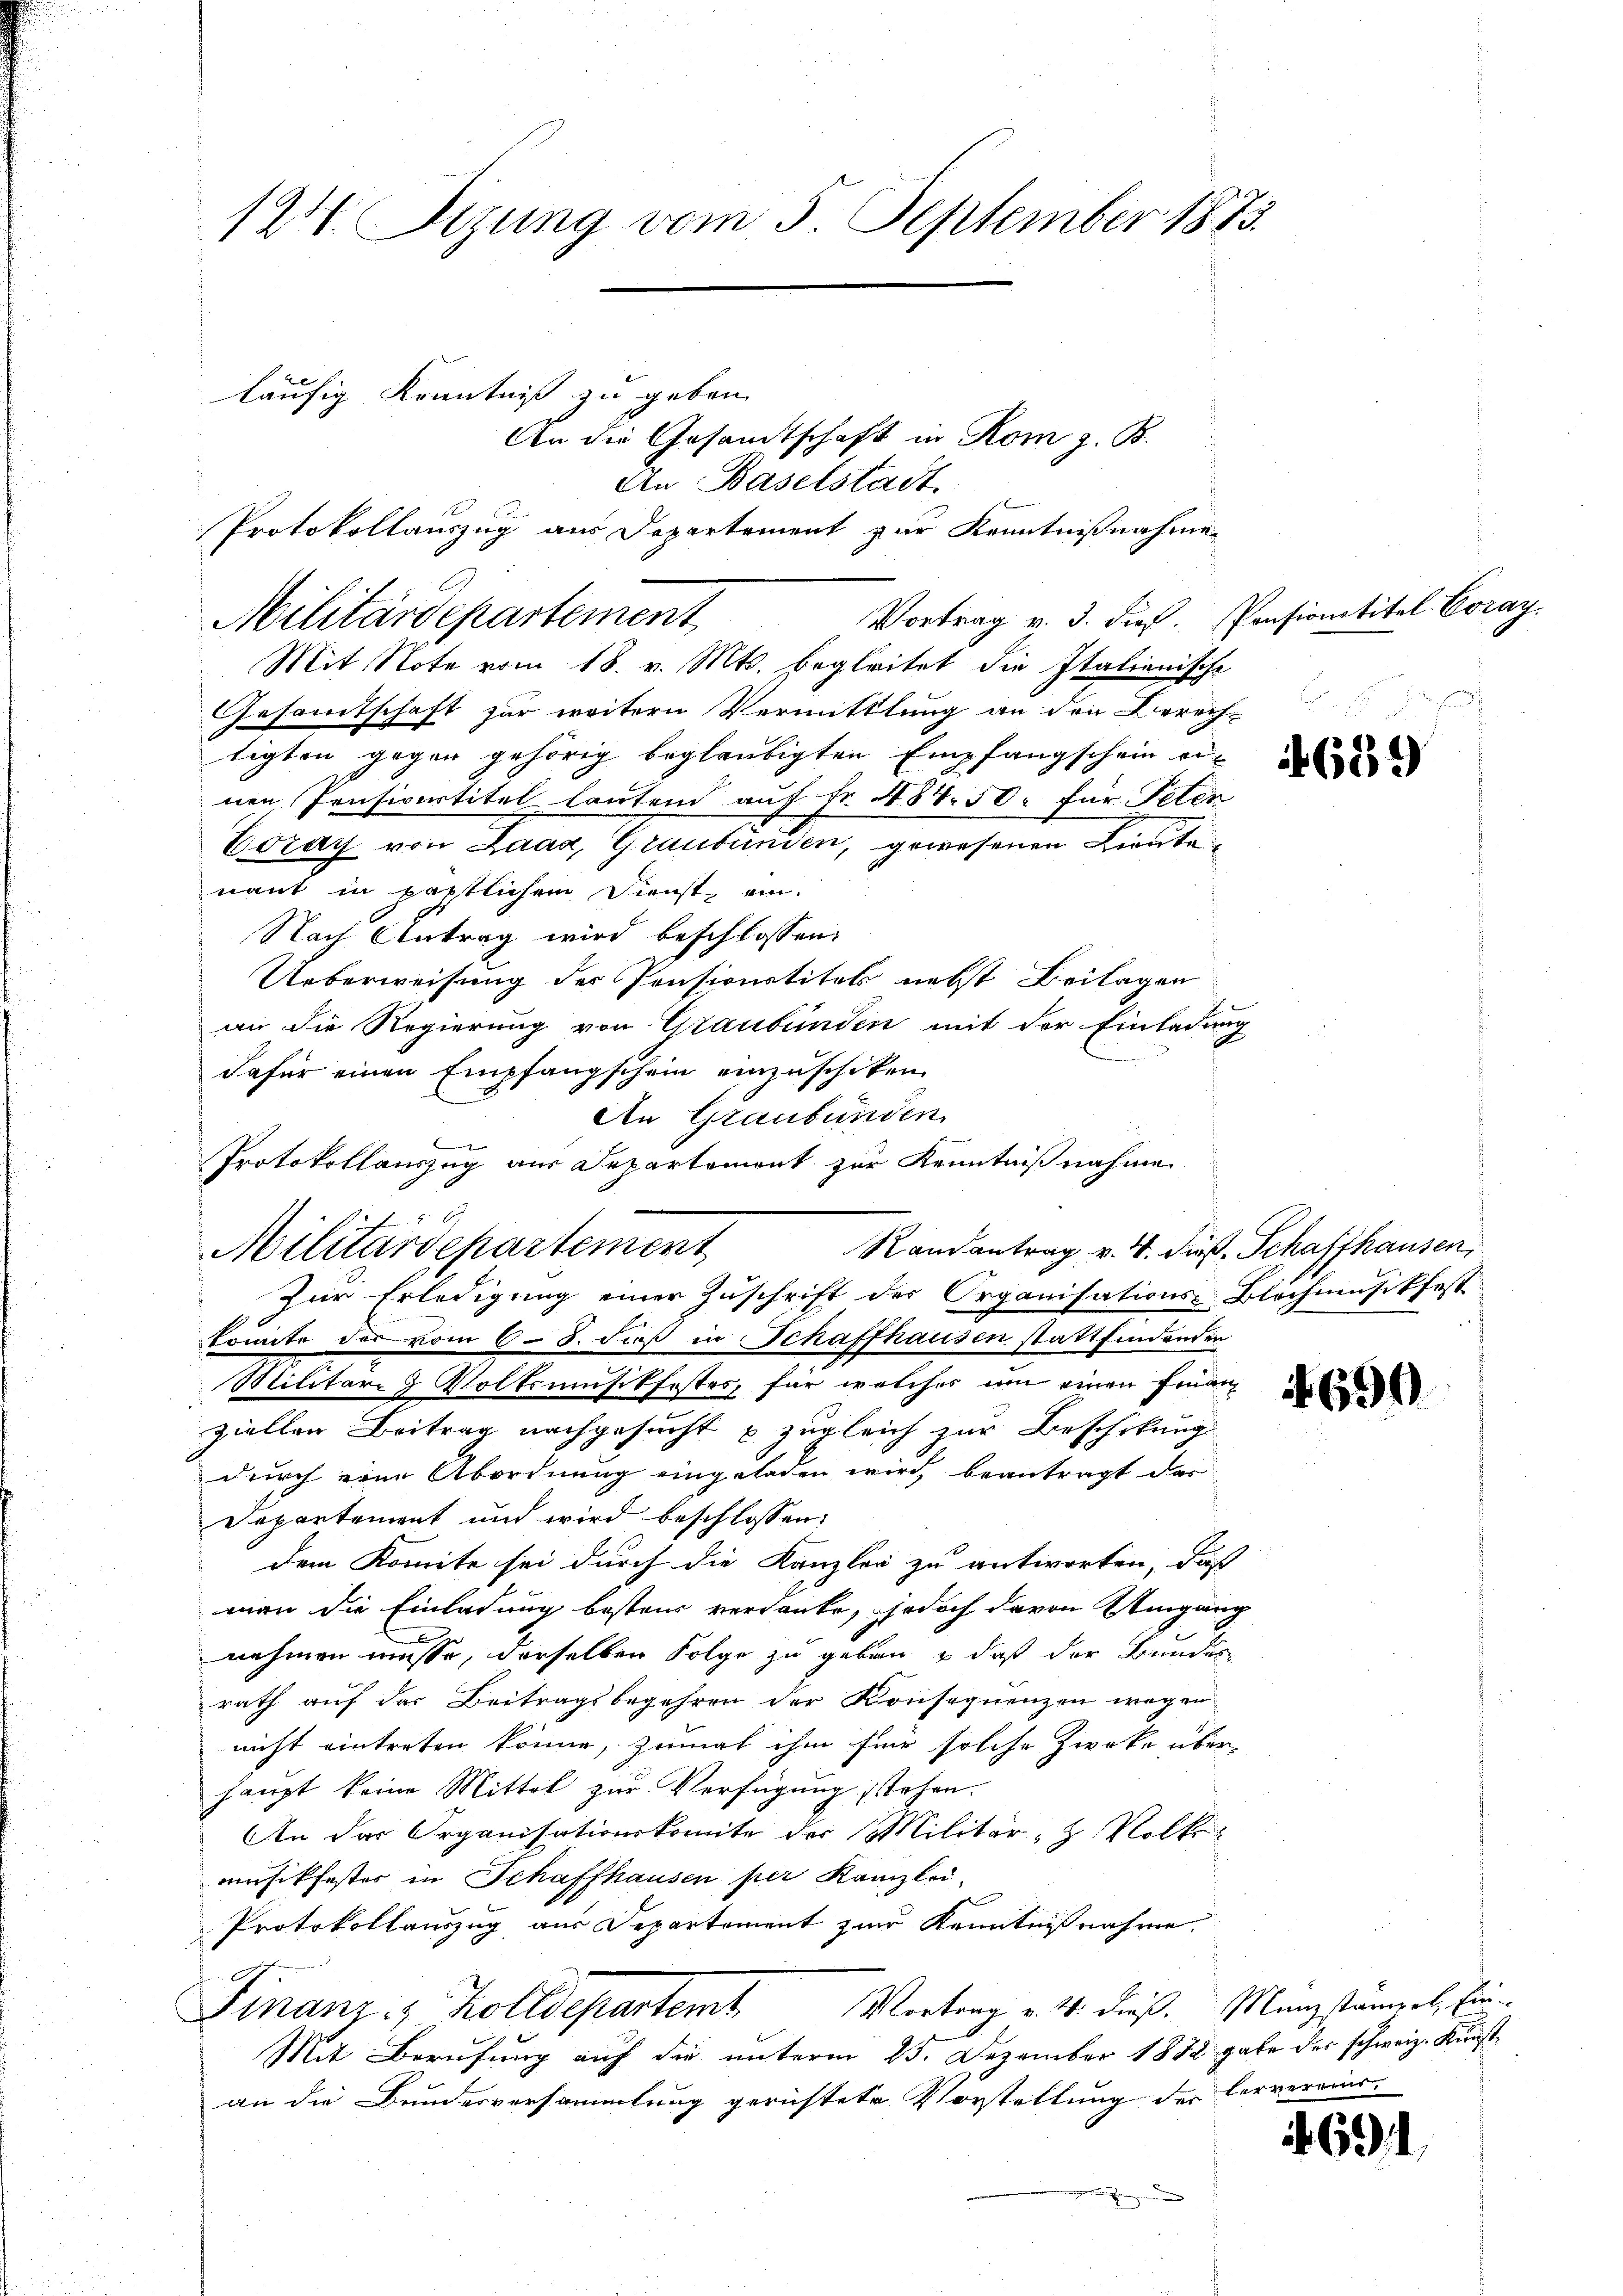
Militärdepartement

124. Sizung vom 5. September 1873.
läufig Kenntniß zu geben.
An die Gesandtschaft in Rom z. B.
An Baselstadt
Protokollauszug aus Departement zur Kenntnißnahme

Vortrag v. 3. dieß. Pensionstitel Coraz
Mit Note vom 18. v. Mts. begleitet die Italienische
Gesamtschaft zur weitern Vermittlung an den Berech-
tigten gegen gehörig beglaubigten Empfangschein er-
nen Pensivertitel lautend auf Fr. 484. 50. für Peten
Eoray von Laaz, Graubünden, gewesenen Lieute
nant in pastlichem Dienst, ein-
Nach Antrag wird beschlossen:
Ueberweisung der Pensionstituts nebst Beilagen
an die Regierung von Graubünden mit der Einladung
dafür einen Empfangschein einzuschiken
An Graubünden
Protokollauszug aus Departement zur Kenntnißnahme
Randantrag v. 4. Fuß. Schaffhausen,
komite der vom 6. 8. daß in Schaffhausen stattfindender
Militäri Volksmusikfestes, für welches um einen Finanziellen Beitrag nachgesucht zugleich zur Beschikung
durch eine Abordnung eingeladen wird, beantragt das
¬
Departement und wird beschlossen:
dem Komite sei durch die Kanzler zu antworten, daß
man die Einladung besteur verdanke, jedoch davon Umgang
nehmen müsse, derselben Folge zu geben & daß der Bundes
rath auf das Beitragsbegehren der Konsequenzen wegen
nicht eintreten könne, zumal ihm für solche Zwecke über-
haupt keine Mittel zur Verfügung stehen.
An der Organisationskomite der Militär- & Volk
musikfester in Schaffhausen per Kanzlei.
Protokollauszug aus Departement zur Kenntnißnahme,
Vortrag v. 4. dieß. Münzstammel, Ein-
Finanz- & Zolldepartemt
Mit Berufung auf die unterm 25. Dezember 1872 gabe der schweiz. Kunstan die Bundesversammlung gerichtete Vorstellung der hervereins¬

f 6.
Aituardepartement
Zur Erledigung einer Zuschrift der Organisations-Blochmusikfest

659

690

if. 691